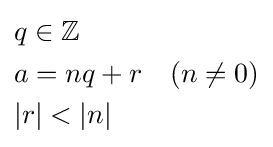
{\begin{aligned}&q\in \mathbb {Z} \\&a=nq+r\quad (n\neq 0)\\&|r|<|n|\end{aligned}}